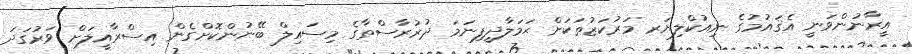
އީރާނުންވަނީ އެޤައުމުގެ ނިއުކްލިޔަރ މަރުކަޒުތަކަށް ޙަމަލާދީފިނަމަ ދުރުރާސްތާގެ މިސައިލް ބޭނުންކޮށްގެން އިސްރާއީލަށް ވަރުގަދަ